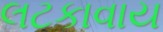
લટકાવાય